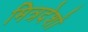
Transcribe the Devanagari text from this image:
मित्रदेशों